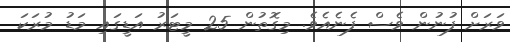
ވަރަށް ފުނުން ވެސް ފެނެއެވެ. މިގޮތުން 25 މީޓަރު އަޑީގައި މަޑު މުރަކަ